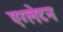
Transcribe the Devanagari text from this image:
एग्लेटन